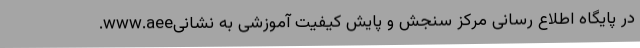
در پایگاه اطلاع رسانی مرکز سنجش و پایش کیفیت آموزشی به نشانیwww.aee.